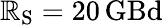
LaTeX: \mathbb{R}_{\mathrm{{S}}}=20\, \mathrm{{GBd}}